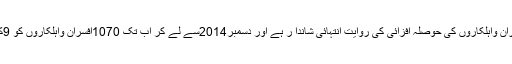
انہوں نے مزید کہا کہ شاندار کارکردگی پر محکمہ پولیس میں افسران واہلکاروں کی حوصلہ افزائی کی روایت انتہائی شاندا ر ہے اور دسمبر2014سے لے کر اب تک 1070افسران واہلکاروں کو 9کروڑ سے زائد رقم بطور انعام بمعہ سرٹیفکیٹس دیے جاچکے ہیں ۔